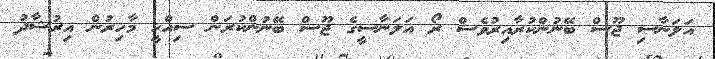
އަލަނާސި ޖޫސް ބޭނުންކުރާއިރުވެސް ރޯ އަލަނާސީގެ ޖޫސް ބޭނުންކުރަން ސިއްހީ މާހިރުން އިރުޝާދު